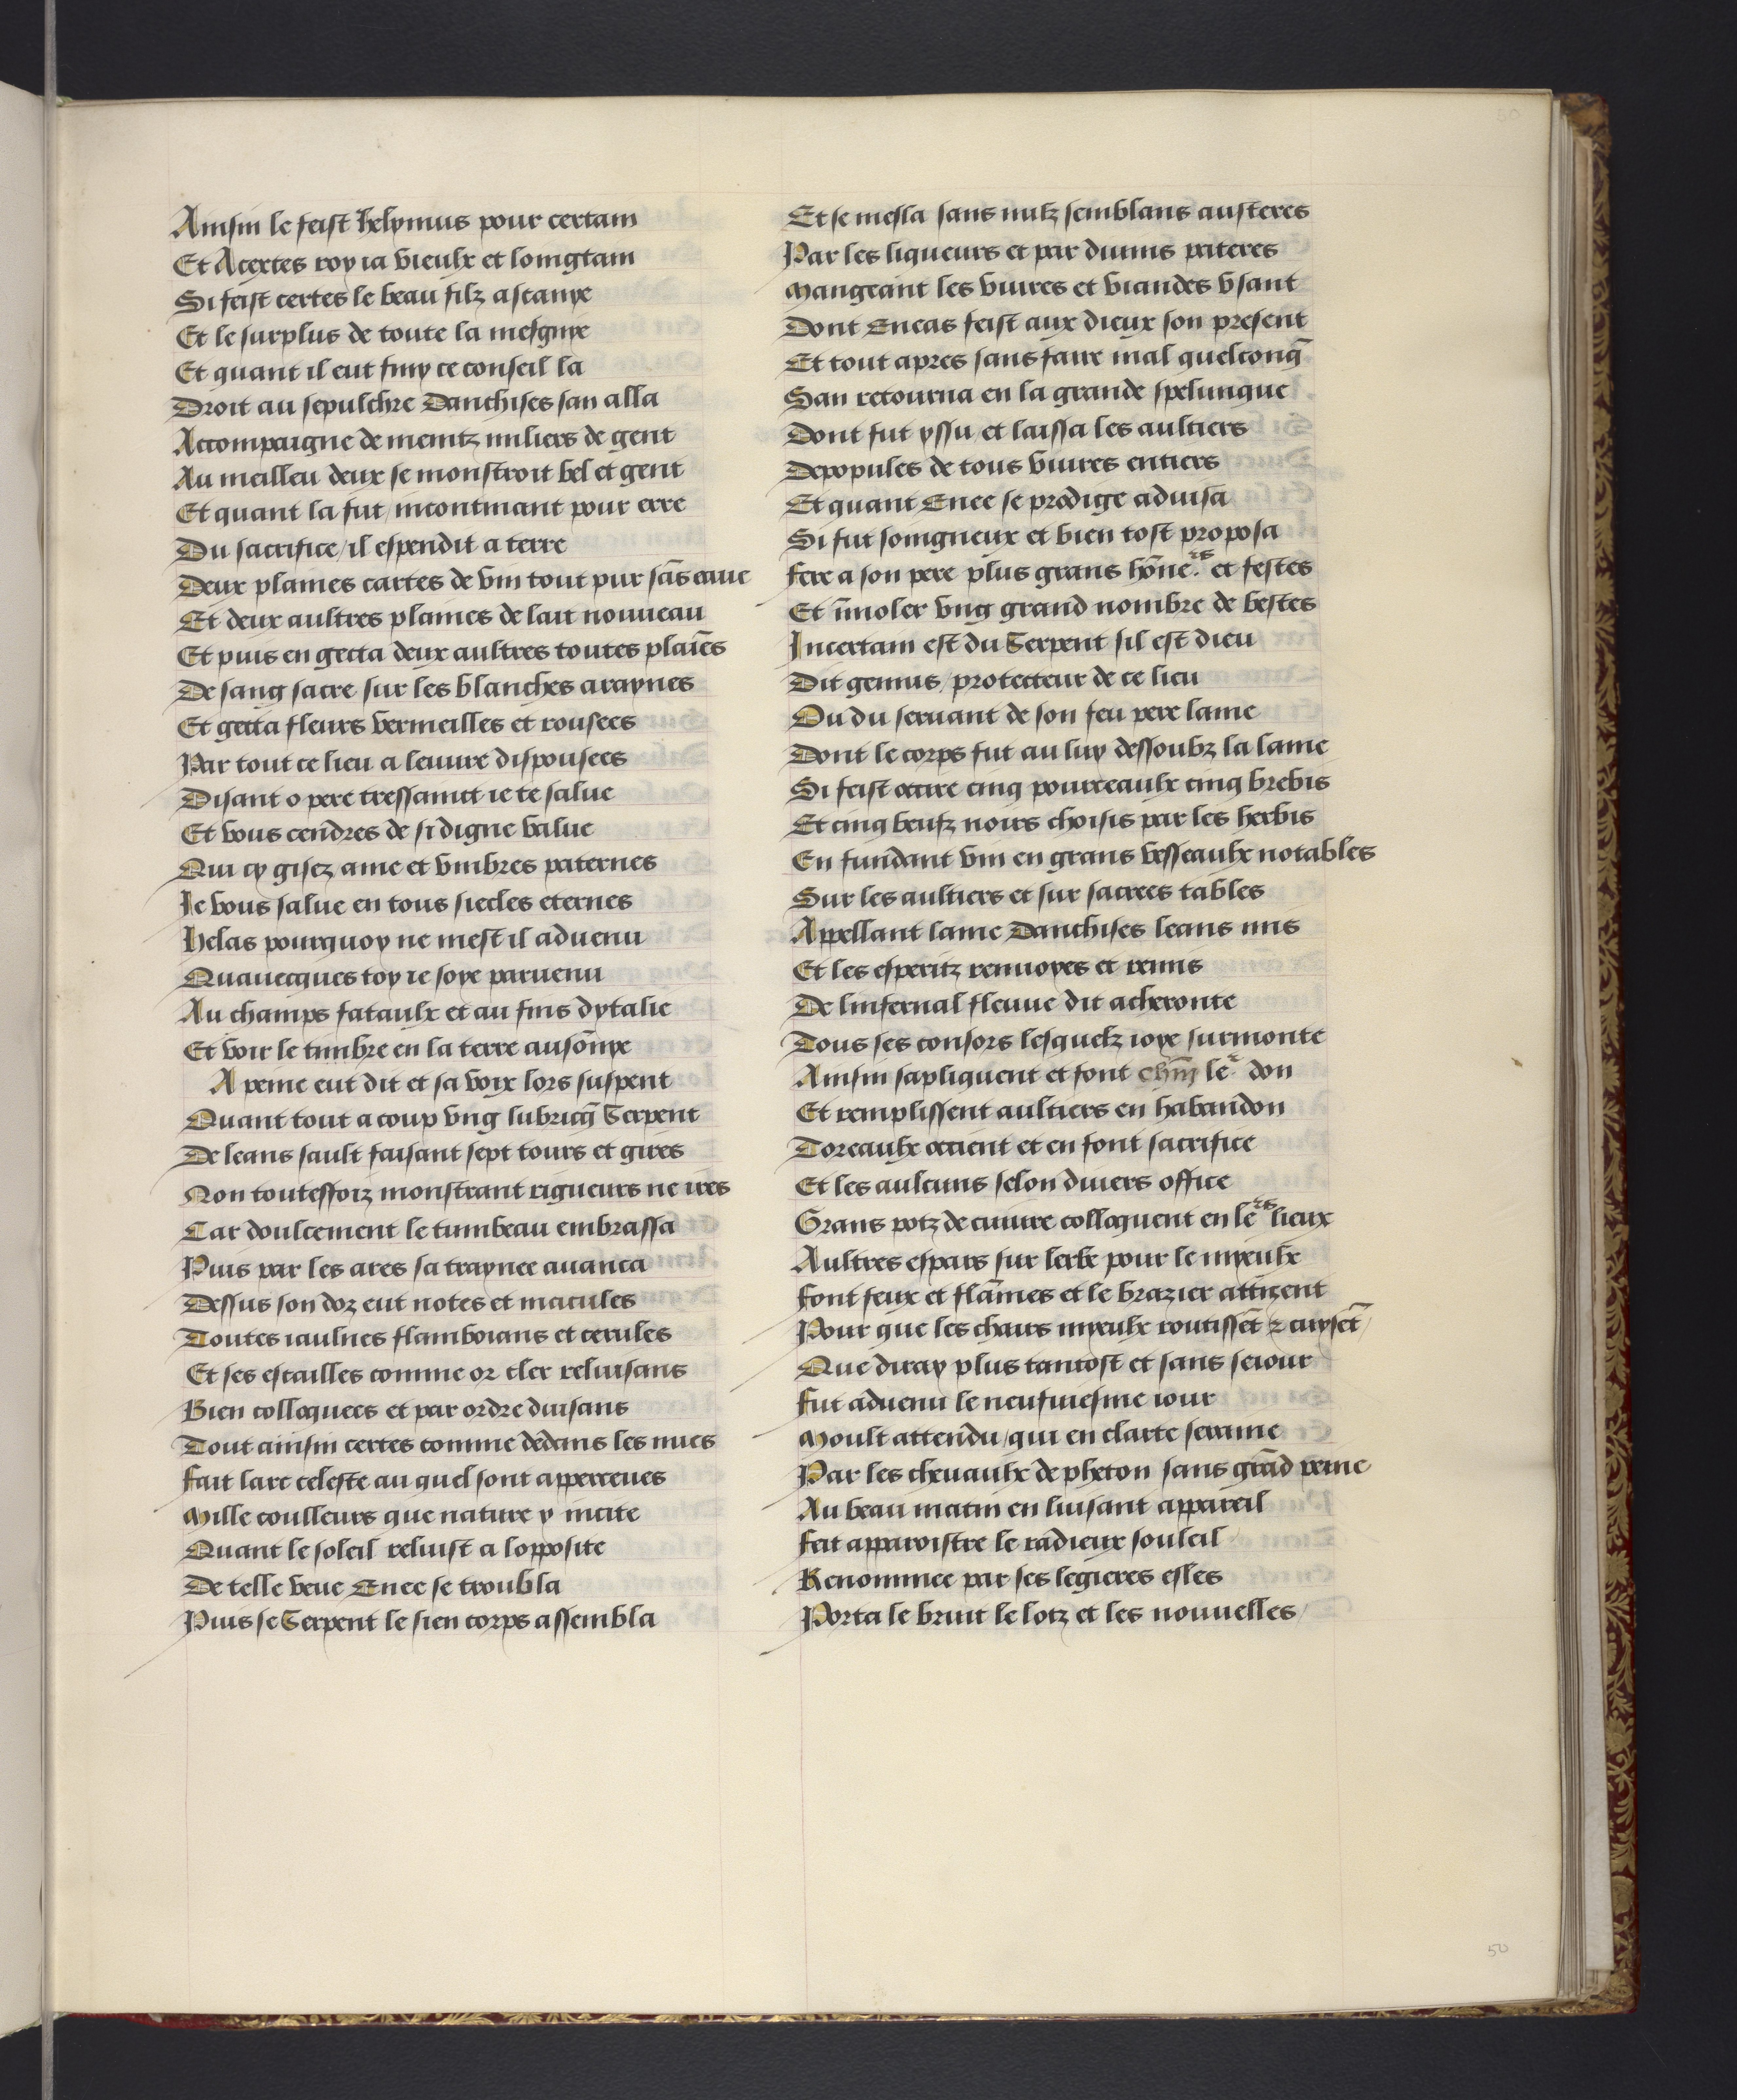
Shelfmark: Philadelphia, University of Pennsylvania, codex 909
Century: 15